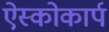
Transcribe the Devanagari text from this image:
ऐस्कोकार्प